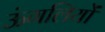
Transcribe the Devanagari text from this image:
ऊंगलियों